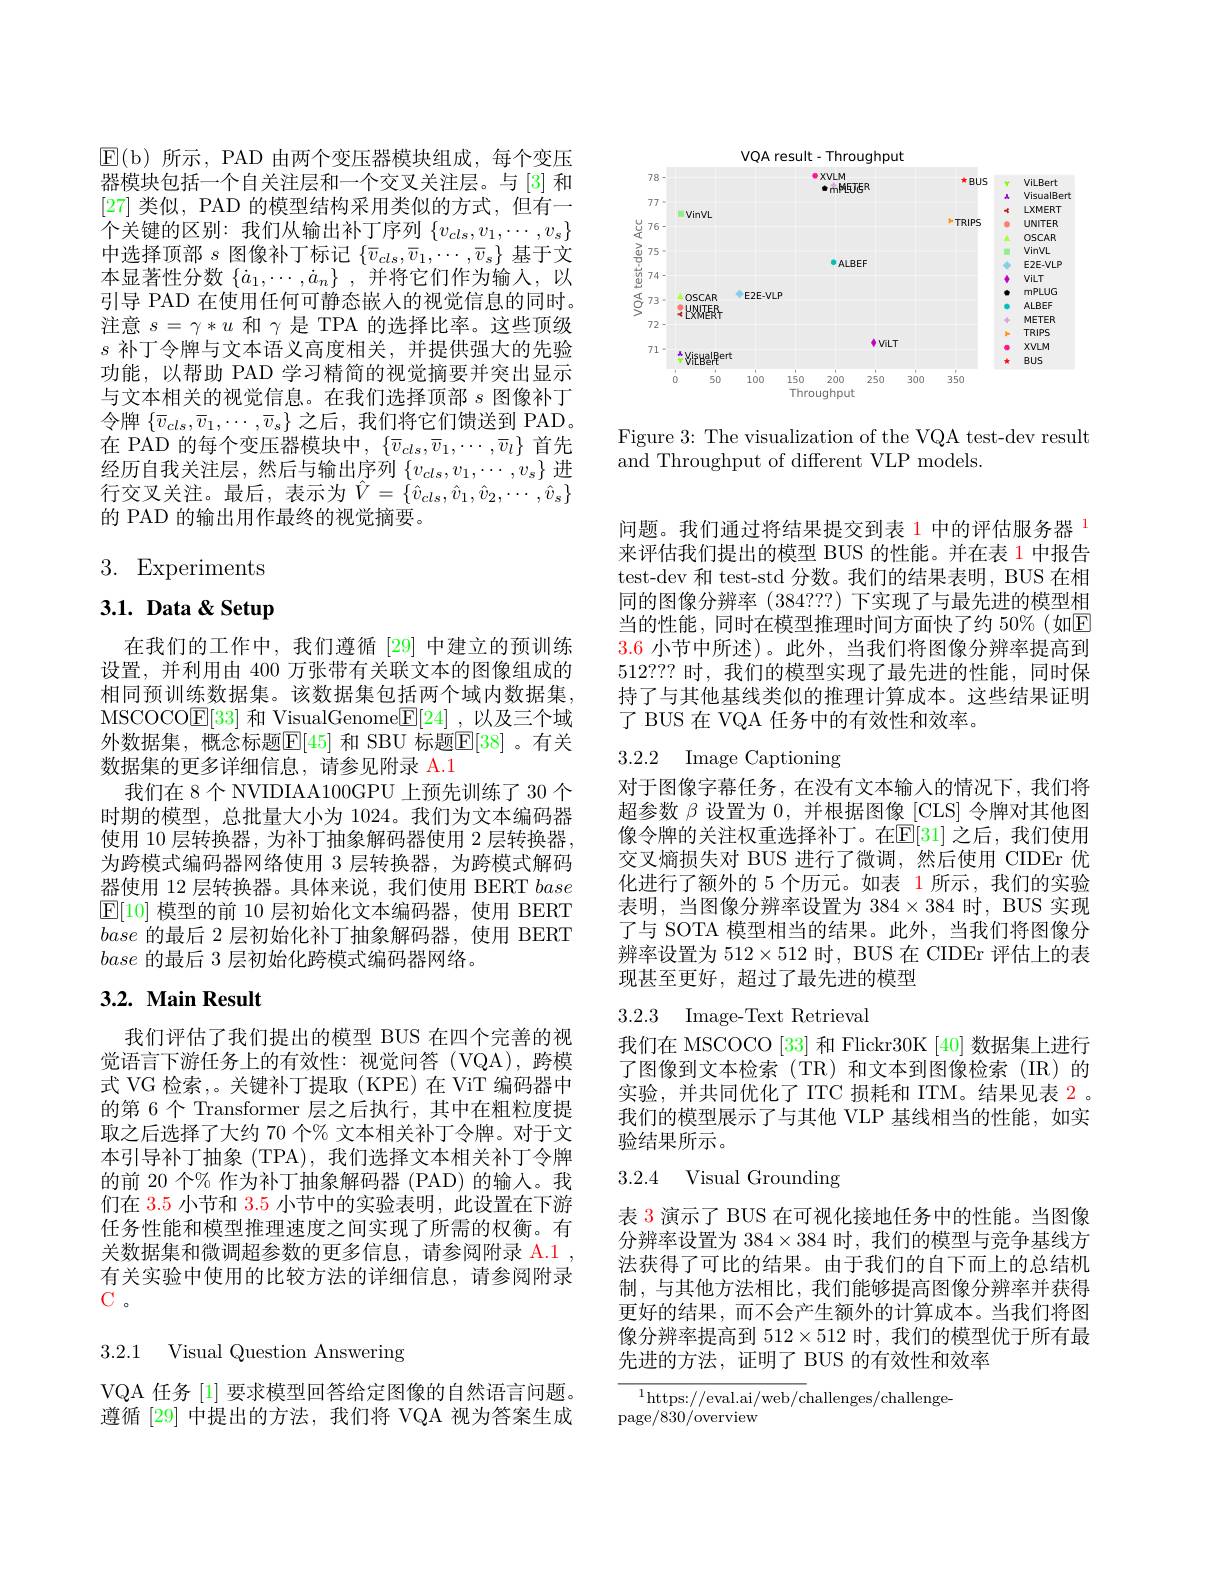
<FigureHere>

Figure 3: The visualization of the VQA test-dev result
and Throughput of different VLP models.

$\operatorname{E(b)}$所示，PAD 由两个变压器模块组成，每个变压器模块包括一个自关注层和一个交叉关注层。与[3] 和[27]类似，PAD 的模型结构采用类似的方式，但有一个关键的区别：我们从输出补丁序列$\{v_cls,v_1,\cdots,v_s\}$ 中选择顶部$s$图像补丁标记$\{\overline{v}_{cls},\overline{v}_1,\cdots,\overline{v}_s\}$基于文本显著性分数$\{\dot{a}_1,\cdots,\dot{a}_n\}$ ,并将它们作为输入，以引导 PAD 在使用任何可静态嵌人的视觉信息的同时。注意$s=\gamma*u$和$\gamma$是 TPA 的选择比率。这些顶级$s$补丁令牌与文本语义高度相关，并提供强大的先验功能，以帮助 PAD 学习精简的视觉摘要并突出显示与文本相关的视觉信息。在我们选择顶部$s$图像补丁令牌$\{\overline{v}_{cls},\overline{v}_{1},\cdots,\overline{v}_{s}\}$之后，我们将它们馈送到 PAD。在 PAD 的每个变压器模块中，$\{\overline{v}_{cls},\overline{v}_{1},\cdots,\overline{v}_{l}\}$首先经历自我关注层，然后与输出序列$\{v_cls,v_1,\cdots,v_s\}$进行交叉关注。最后，表示为$\hat{V}=\{\hat{v}_{cls},\hat{v}_{1},\hat{v}_{2},\cdots,\hat{v}_{s}\}$ 的 PAD 的输出用作最终的视觉摘要。

# 3. Experiments

# 3.1. Data & Setup

在我们的工作中，我们遵循 [29] 中建立的预训练设置，并利用由 400 万张带有关联文本的图像组成的相同预训练数据集。该数据集包括两个域内数据集， MSCOCO$\mathbb{E}[33]$和 VisualGenome$\mathbb{E}[24]$ ,以及三个域外数据集，概念标题$\mathbb{E}[45]$ 和 SBU 标题$\mathbb{E}[38]$ 。有关数据集的更多详细信息，请参见附录 A.1
我们在 8 个 NVIDIAA100GPU 上预先训练了 30 个时期的模型，总批量大小为 1024。我们为文本编码器使用 10 层转换器，为补丁抽象解码器使用 2 层转换器， 为跨模式编码器网络使用 3 层转换器，为跨模式解码器使用 12 层转换器。具体来说，我们使用 BERT base $\mathbb{E}[10]$模型的前 10 层初始化文本编码器，使用 BERT base的最后 2 层初始化补丁抽象解码器，使用 BERT base的最后 3 层初始化跨模式编码器网络。

## 3.2. Main Result

我们评估了我们提出的模型 BUS 在四个完善的视觉语言下游任务上的有效性：视觉问答(VQA),跨模式 VG 检索，。关键补丁提取 (KPE) 在 ViT 编码器中的第 6 个 Transformer 层之后执行，其中在粗粒度提取之后选择了大约 70 个% 文本相关补丁令牌。对于文本引导补丁抽象(TPA),我们选择文本相关补丁令牌的前 20 个% 作为补丁抽象解码器 (PAD) 的输入。我们在 3.5 小节和$\color{red}{3.5}$小节中的实验表明，此设置在下游任务性能和模型推理速度之间实现了所需的权衡。有关数据集和微调超参数的更多信息，请参阅附录 A.1 , 有关实验中使用的比较方法的详细信息，请参阅附录$C.$

3.2.1 Visual Question Answering

VQA 任务 [1] 要求模型回答给定图像的自然语言问题。遵循 [29] 中提出的方法，我们将 VQA 视为答案生成

问题。我们通过将结果提交到表 1 中的评估服务器 1来评估我们提出的模型 BUS 的性能。并在表 1 中报告test-dev 和 test-std 分数。我们的结果表明，BUS 在相同的图像分辨率 (384???) 下实现了与最先进的模型相当的性能，同时在模型推理时间方面快了约 50%(如E) 3.6小节中所述)。此外，当我们将图像分辨率提高到512??? 时，我们的模型实现了最先进的性能，同时保持了与其他基线类似的推理计算成本。这些结果证明了 BUS 在 VQA 任务中的有效性和效率。

# 3.2.2 Image Captioning

对于图像字幕任务，在没有文本输人的情况下，我们将超参数$\beta$设置为0，并根据图像 [CLS]令牌对其他图像令牌的关注权重选择补丁。在$\mathbb{E}[31]$ 之后，我们使用交叉熵损失对 BUS 进行了微调，然后使用 CIDEr 优化进行了额外的 5 个历元。如表 1 所示，我们的实验表明，当图像分辨率设置为$384\times384$时，BUS 实现了与 SOTA 模型相当的结果。此外，当我们将图像分辨率设置为 512$\times512$时，BUS 在 CIDEr 评估上的表现甚至更好，超过了最先进的模型

3.2.3 Image-Text Retrieval

我们在 MSCOCO [33] 和 Flickr30K [40] 数据集上进行了图像到文本检索(TR)和文本到图像检索(IR)的实验，并共同优化了ITC 损耗和 ITM。结果见表 2 。我们的模型展示了与其他 VLP 基线相当的性能，如实验结果所示。

## 3.2.4 Visual Grounding

表 3 演示了 BUS 在可视化接地任务中的性能。当图像分辨率设置为$384\times384$时，我们的模型与竞争基线方法获得了可比的结果。由于我们的自下而上的总结机制，与其他方法相比，我们能够提高图像分辨率并获得更好的结果，而不会产生额外的计算成本。当我们将图像分辨率提高到$512\times512$时，我们的模型优于所有最先进的方法，证明了 BUS 的有效性和效率

$\frac{{^{1}\text{https://eval.ai/web/c}}\text{hallenges/challenge-}}{^{1}\text{https://eval.ai/web/c}}$hallenges/challenge-
page/830/overview